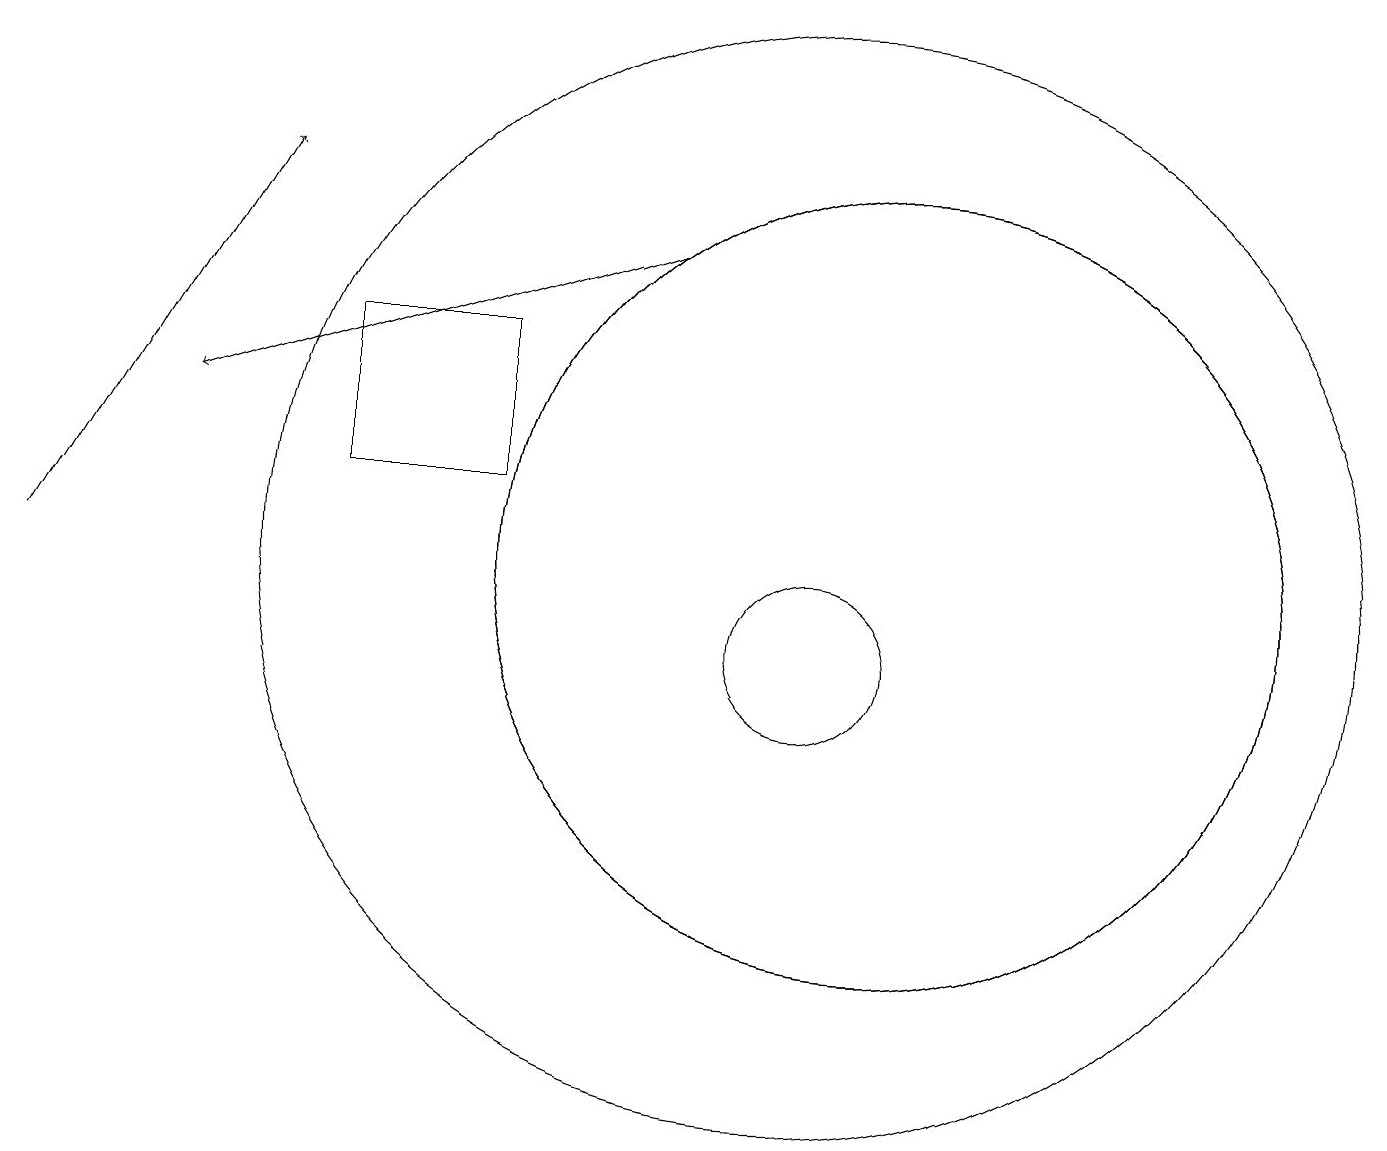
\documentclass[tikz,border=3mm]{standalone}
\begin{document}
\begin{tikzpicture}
\draw[->] (0,11) -- (3,16);
\draw (10,11) circle (7);
\draw (11,11) circle (5);
\draw (10,10) circle (1);
\draw (4,12) rectangle (6,14);
\draw[->] (8,15) -- (2,13);
\draw (11,11) circle (5);
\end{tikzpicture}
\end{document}